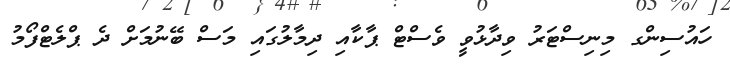
ހައުސިންގ މިނިސްޓަރު ވިދާޅުވީ ވެސްޓް ޕާކާއި ދިމާލުގައި މަސް ބޭނުމަށް ދެ ޕްލެޓްފޯމު